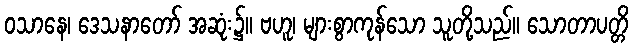
ဝသာနေ၊ ဒေသနာတော် အဆုံး၌။ ဗဟူ၊ များစွာကုန်သော သူတို့သည်။ သောတာပတ္တိ